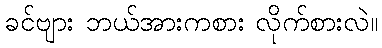
ခင်ဗျား ဘယ်အားကစား လိုက်စားလဲ။